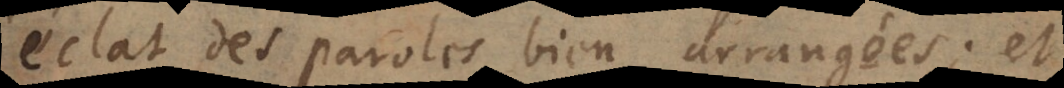
éclat de paroles bien arrangées; et